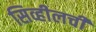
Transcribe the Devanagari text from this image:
सिव्हीलची